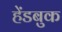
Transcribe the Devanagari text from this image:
हेंडबुक